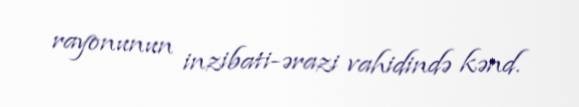
rayonunun inzibati-ərazi vahidində kənd.